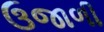
ઉજાળી